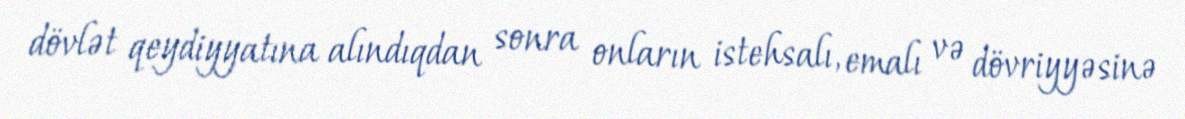
dövlət qeydiyyatına alındıqdan sonra onların istehsalı, emalı və dövriyyəsinə